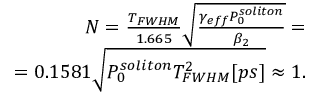
\begin{array} { r } { N = \frac { T _ { F W H M } } { 1 . 6 6 5 } \sqrt { \frac { \gamma _ { e f f } P _ { 0 } ^ { s o l i t o n } } { \beta _ { 2 } } } = } \\ { = 0 . 1 5 8 1 \sqrt { P _ { 0 } ^ { s o l i t o n } T _ { F W H M } ^ { 2 } [ p s ] } \approx 1 . } \end{array}